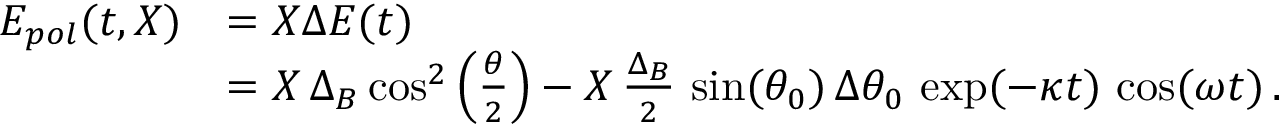
\begin{array} { r l } { E _ { p o l } ( t , \boldsymbol { X } ) } & { = \boldsymbol { X } \Delta E ( t ) } \\ & { = \boldsymbol { X } \, \Delta _ { B } \cos ^ { 2 } \left( \frac { \theta } { 2 } \right) - \boldsymbol { X } \, \frac { \Delta _ { B } } { 2 } \, \sin ( \theta _ { 0 } ) \, \Delta \theta _ { 0 } \, \exp ( - \kappa t ) \, \cos ( \omega t ) \, . } \end{array}